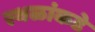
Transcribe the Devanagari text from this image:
स्थळांकडे